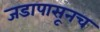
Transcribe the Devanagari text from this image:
जडापासूनच